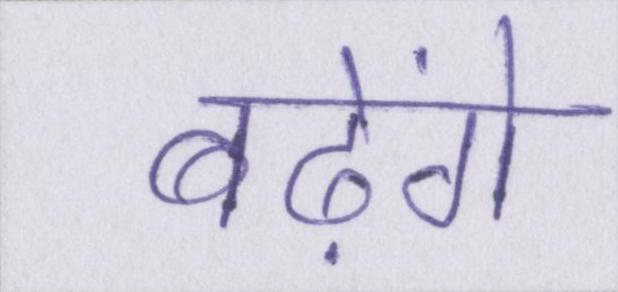
बढ़ेंगे